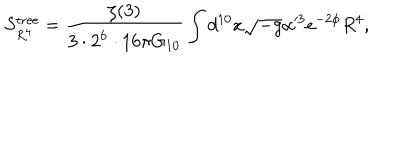
LaTeX: S _ { R ^ { 4 } } ^ { \mathrm { t r e e } } = \frac { \zeta ( 3 ) } { 3 \cdot 2 ^ { 6 } \cdot 1 6 \pi G _ { 1 0 } } \int d ^ { 1 0 } x \sqrt { - g } \alpha ^ { 3 } e ^ { - 2 \phi } R ^ { 4 } ,